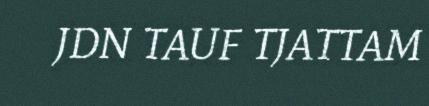
JDN TAUF TJATTAM